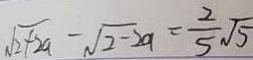
\sqrt { 2 + 2 a } - \sqrt { 2 } - 2 a = \frac { 2 } { 5 } \sqrt { 5 }